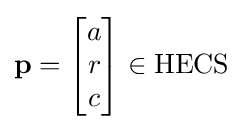
\mathbf {p} ={\begin{bmatrix}a\\r\\c\end{bmatrix}}\in {\text{HECS}}